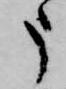
申